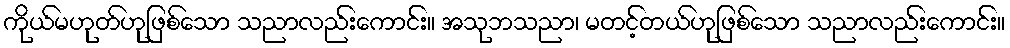
ကိုယ်မဟုတ်ဟုဖြစ်သော သညာလည်းကောင်း။ အသုဘသညာ၊ မတင့်တယ်ဟုဖြစ်သော သညာလည်းကောင်း။